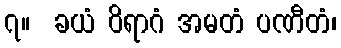
၇။  ခယံ ဝိရာဂံ အမတံ ပဏီတံ၊